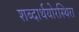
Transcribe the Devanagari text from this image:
शब्दार्थयोरस्थिरा